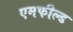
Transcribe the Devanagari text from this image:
एमफील्ड